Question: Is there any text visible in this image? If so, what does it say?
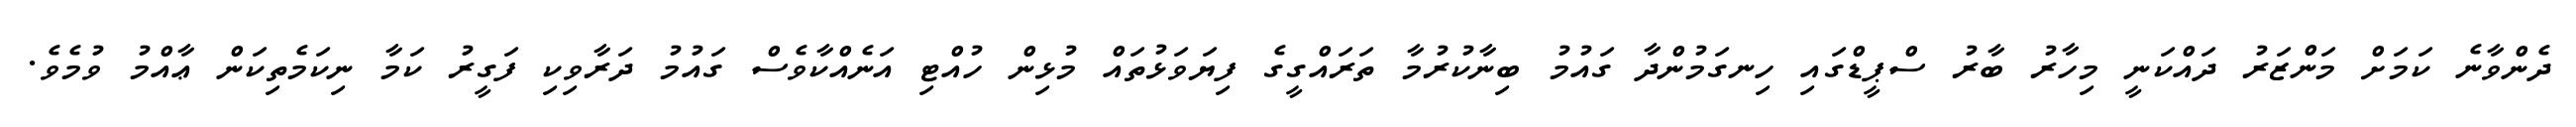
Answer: ދެންވާނެ ކަމަށް މަންޒަރު ދައްކަނީ މިހާރު ބާރު ސްޕީޑްގައި ހިނގަމުންދާ ގައުމު ބިނާކުރުމާ ތަރައްގީގެ ފިޔަވަޅުތައް މުޅިން ހުއްޓި އަނެއްކާވެސް ގައުމު ދަރާވިކި ފަގީރު ކަމާ ނިކަމެތިކަން ޢާއްމު ވުމެވެ.